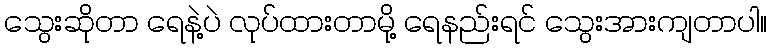
သွေးဆိုတာ ရေနဲ့ပဲ လုပ်ထားတာမို့ ရေနည်းရင် သွေးအားကျတာပါ။